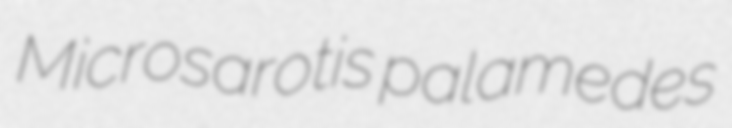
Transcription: Microsarotis palamedes